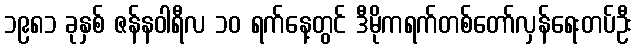
၁၉၈၁ ခုနှစ် ဇန်နဝါရီလ ၁၀ ရက်နေ့တွင် ဒီမိုကရက်တစ်တော်လှန်ရေးတပ်ဦး